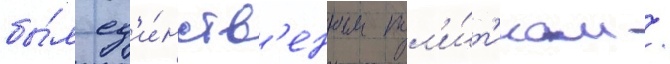
бы́л ед'и́нств'енным пол'и́т'иком /